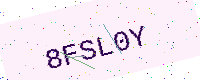
Text: 8FSL0Y